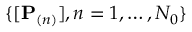
\{ [ \mathbf { P } _ { ( n ) } ] , n = 1 , \dots , N _ { 0 } \}